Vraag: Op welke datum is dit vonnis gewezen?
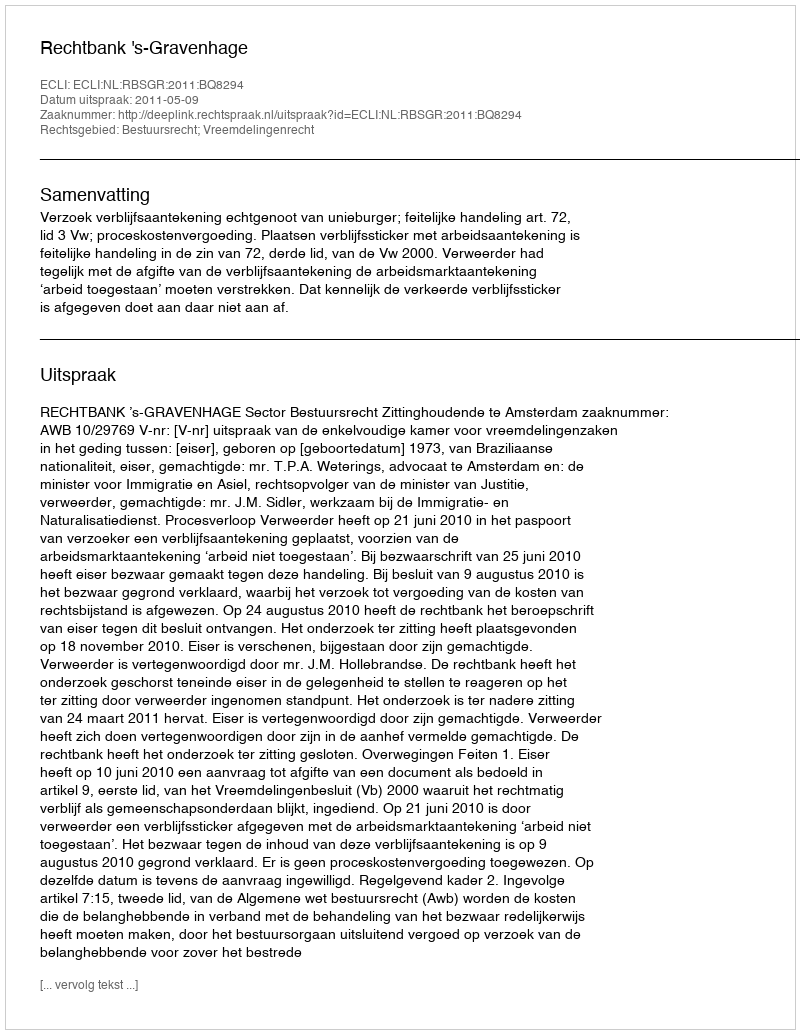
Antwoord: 2011-05-09